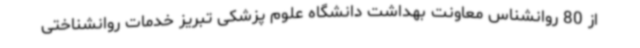
از 80 روانشناس معاونت بهداشت دانشگاه علوم پزشکی تبریز خدمات روانشناختی